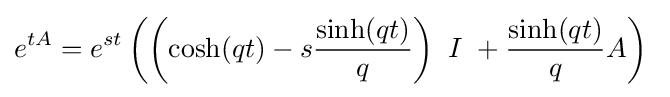
e^{tA}=e^{st}\left(\left(\cosh(qt)-s{\frac {\sinh(qt)}{q}}\right)~I~+{\frac {\sinh(qt)}{q}}A\right)~